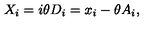
X _ { i } = i \theta D _ { i } = x _ { i } - \theta A _ { i } , \nonumber